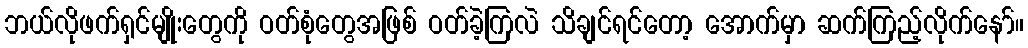
ဘယ်လိုဖက်ရှင်မျိုးတွေကို ဝတ်စုံတွေအဖြစ် ဝတ်ခဲ့ကြလဲ သိချင်ရင်တော့ အောက်မှာ ဆက်ကြည့်လိုက်နော်။